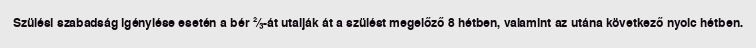
Szülési szabadság igénylése esetén a bér ⅔-át utalják át a szülést megelőző 8 hétben, valamint az utána következő nyolc hétben.